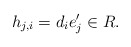
\begin{align*}h_{j,i} = d_i e_j' \in R.\end{align*}